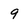
Character: 9